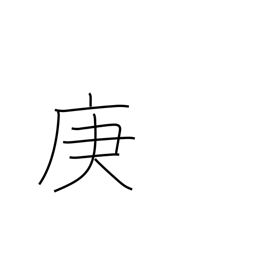
Meaning: 7th